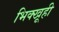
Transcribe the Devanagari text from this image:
भिक्खूही